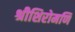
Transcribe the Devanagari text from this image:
श्रीशिरोमणि